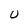
Character: U